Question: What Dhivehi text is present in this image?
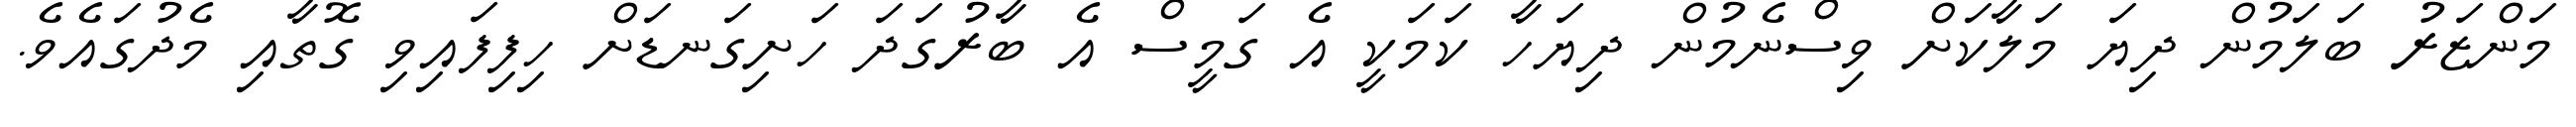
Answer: މަންޒަރު ބަލަމުން ދިޔަ މަލާކަށް ވިސްނެމުން ދިޔަހާ ކަމަކީ އެ ގަމީސް އެ ބާރުގަދަ ހަށިގަނޑަށް ހިފިފައިވި ގޮތާއި މެދުގައެވެ.